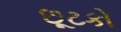
છૂટકો